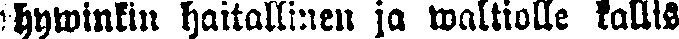
hywinkin haitallinen ja waltiolle kallis